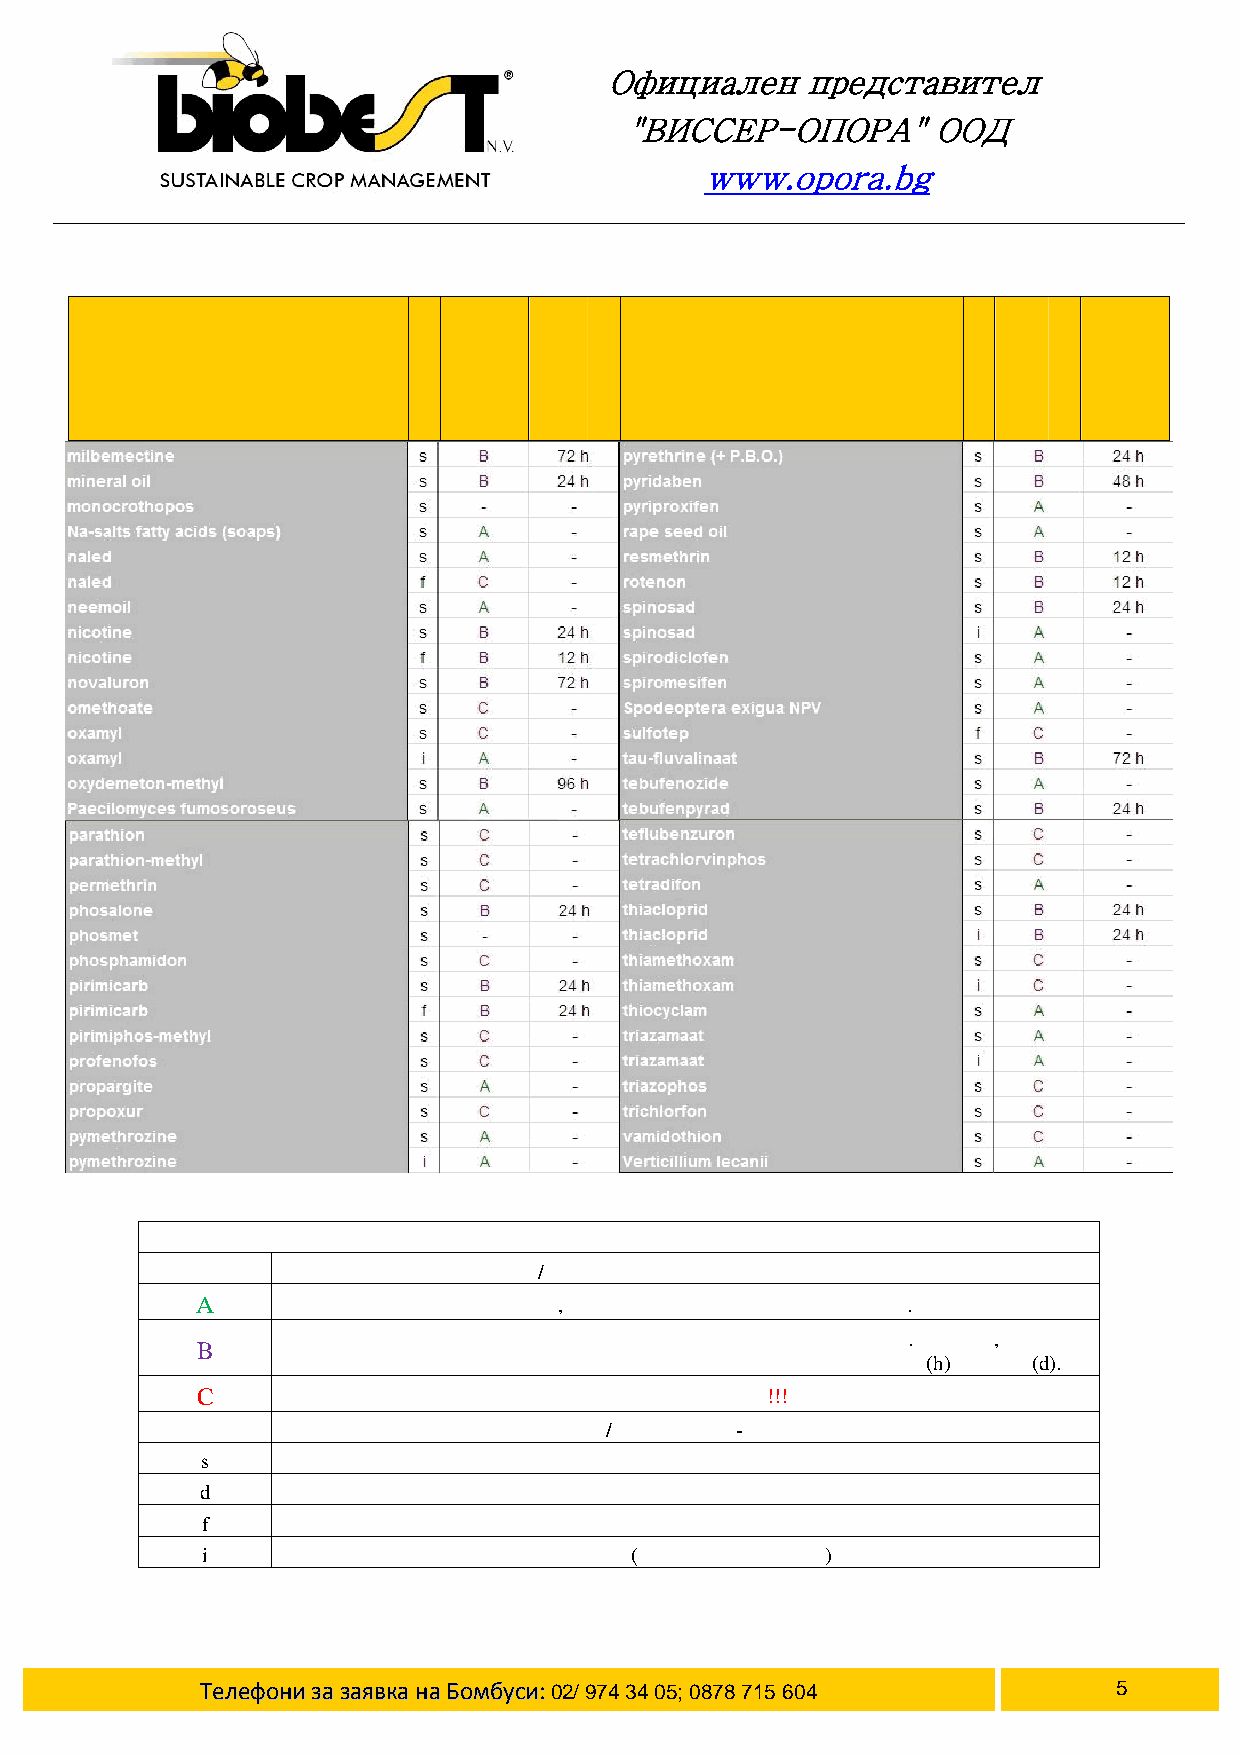
Официален    представител
 "ВИССЕР-ОПОРА"       ООД
 www.opora.bg
 тАкивно щтвеесво                     Ак тивно щтвеесво
 НГЕЛДЕА
 Символ            Обяснение/твмСъесимтос на Ботумбсие с тпесициди
 A                мъвеСстми, рарпепа ате не т чоесникза Босме.тбиу
 оНеохдбмио е окшер ъта дсе орситтанр пиедреп иаганла нрарпепа.ат Времоет, з а окоет
 B
 окшер ътртбяа ва дое анстзи ънвртети раана тполщ е аддоен вчасое в( h) л ии дин( d).
 C                         НЕ Е ЪСВМТЕСИМ!!!
 Символ                Обяснение/ Пеинрлиеож -офмрулация
 s                             Преанъск
 d                             Преашен
 f                            мгаФиицяу
 i                      Ирга цяии( с оплва аитнсстиема)
 ТТееллееффооннииззааззааяяввккааннааББооммббууссии::02/ 974 34 05; 0878 715 604 наСтрциа 5
 е
 и
 жлПенори Ссъмитвотсме анитнраКа
 е
 и
 жлПенори Ссъмитвотсме анитнраКа